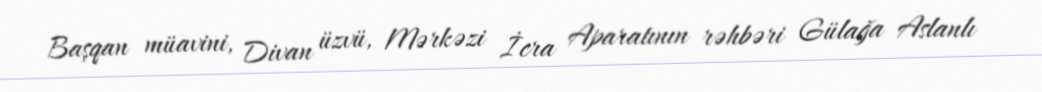
Başqan müavini, Divan üzvü, Mərkəzi İcra Aparatının rəhbəri Gülağa Aslanlı